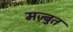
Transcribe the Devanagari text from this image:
मज़्बुत